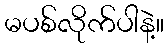
မပစ်လိုက်ပါနဲ့။